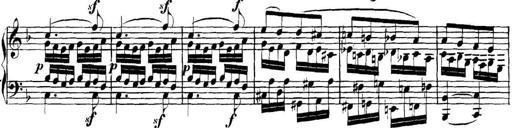
Title: Collected Piano Sonatas
Composer: Muzio Clementi